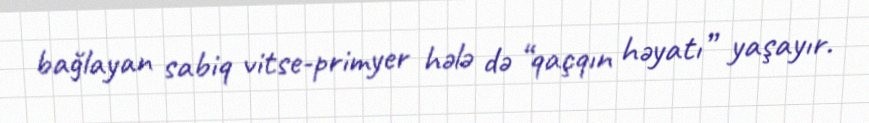
bağlayan sabiq vitse-primyer hələ də “qaçqın həyatı” yaşayır.